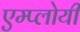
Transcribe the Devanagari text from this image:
एम्प्लोयी